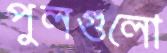
পুলগুলো